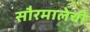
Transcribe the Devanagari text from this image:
सौरमालेची